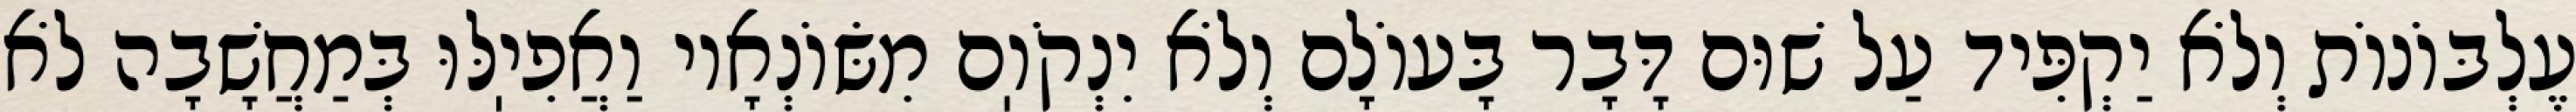
עֶלְבּוֹנוֹת וְלֹא יַקְפִּיד עַל שׁוּם דָּבָר בָּעוֹלָם וְלֹא יִנְקֹוֽם מִשּׂוֹנְאָיו וַאֲפִיֽלּוּ בְּמַחֲשָׁבָה לֹא